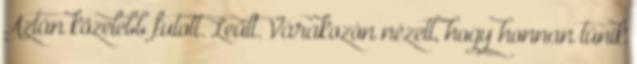
Aztán közelebb futott. Leült. Várakozón nézett, hogy honnan tűnik